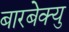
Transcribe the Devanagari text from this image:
बारबेक्यु